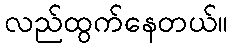
လည်ထွက်နေတယ်။